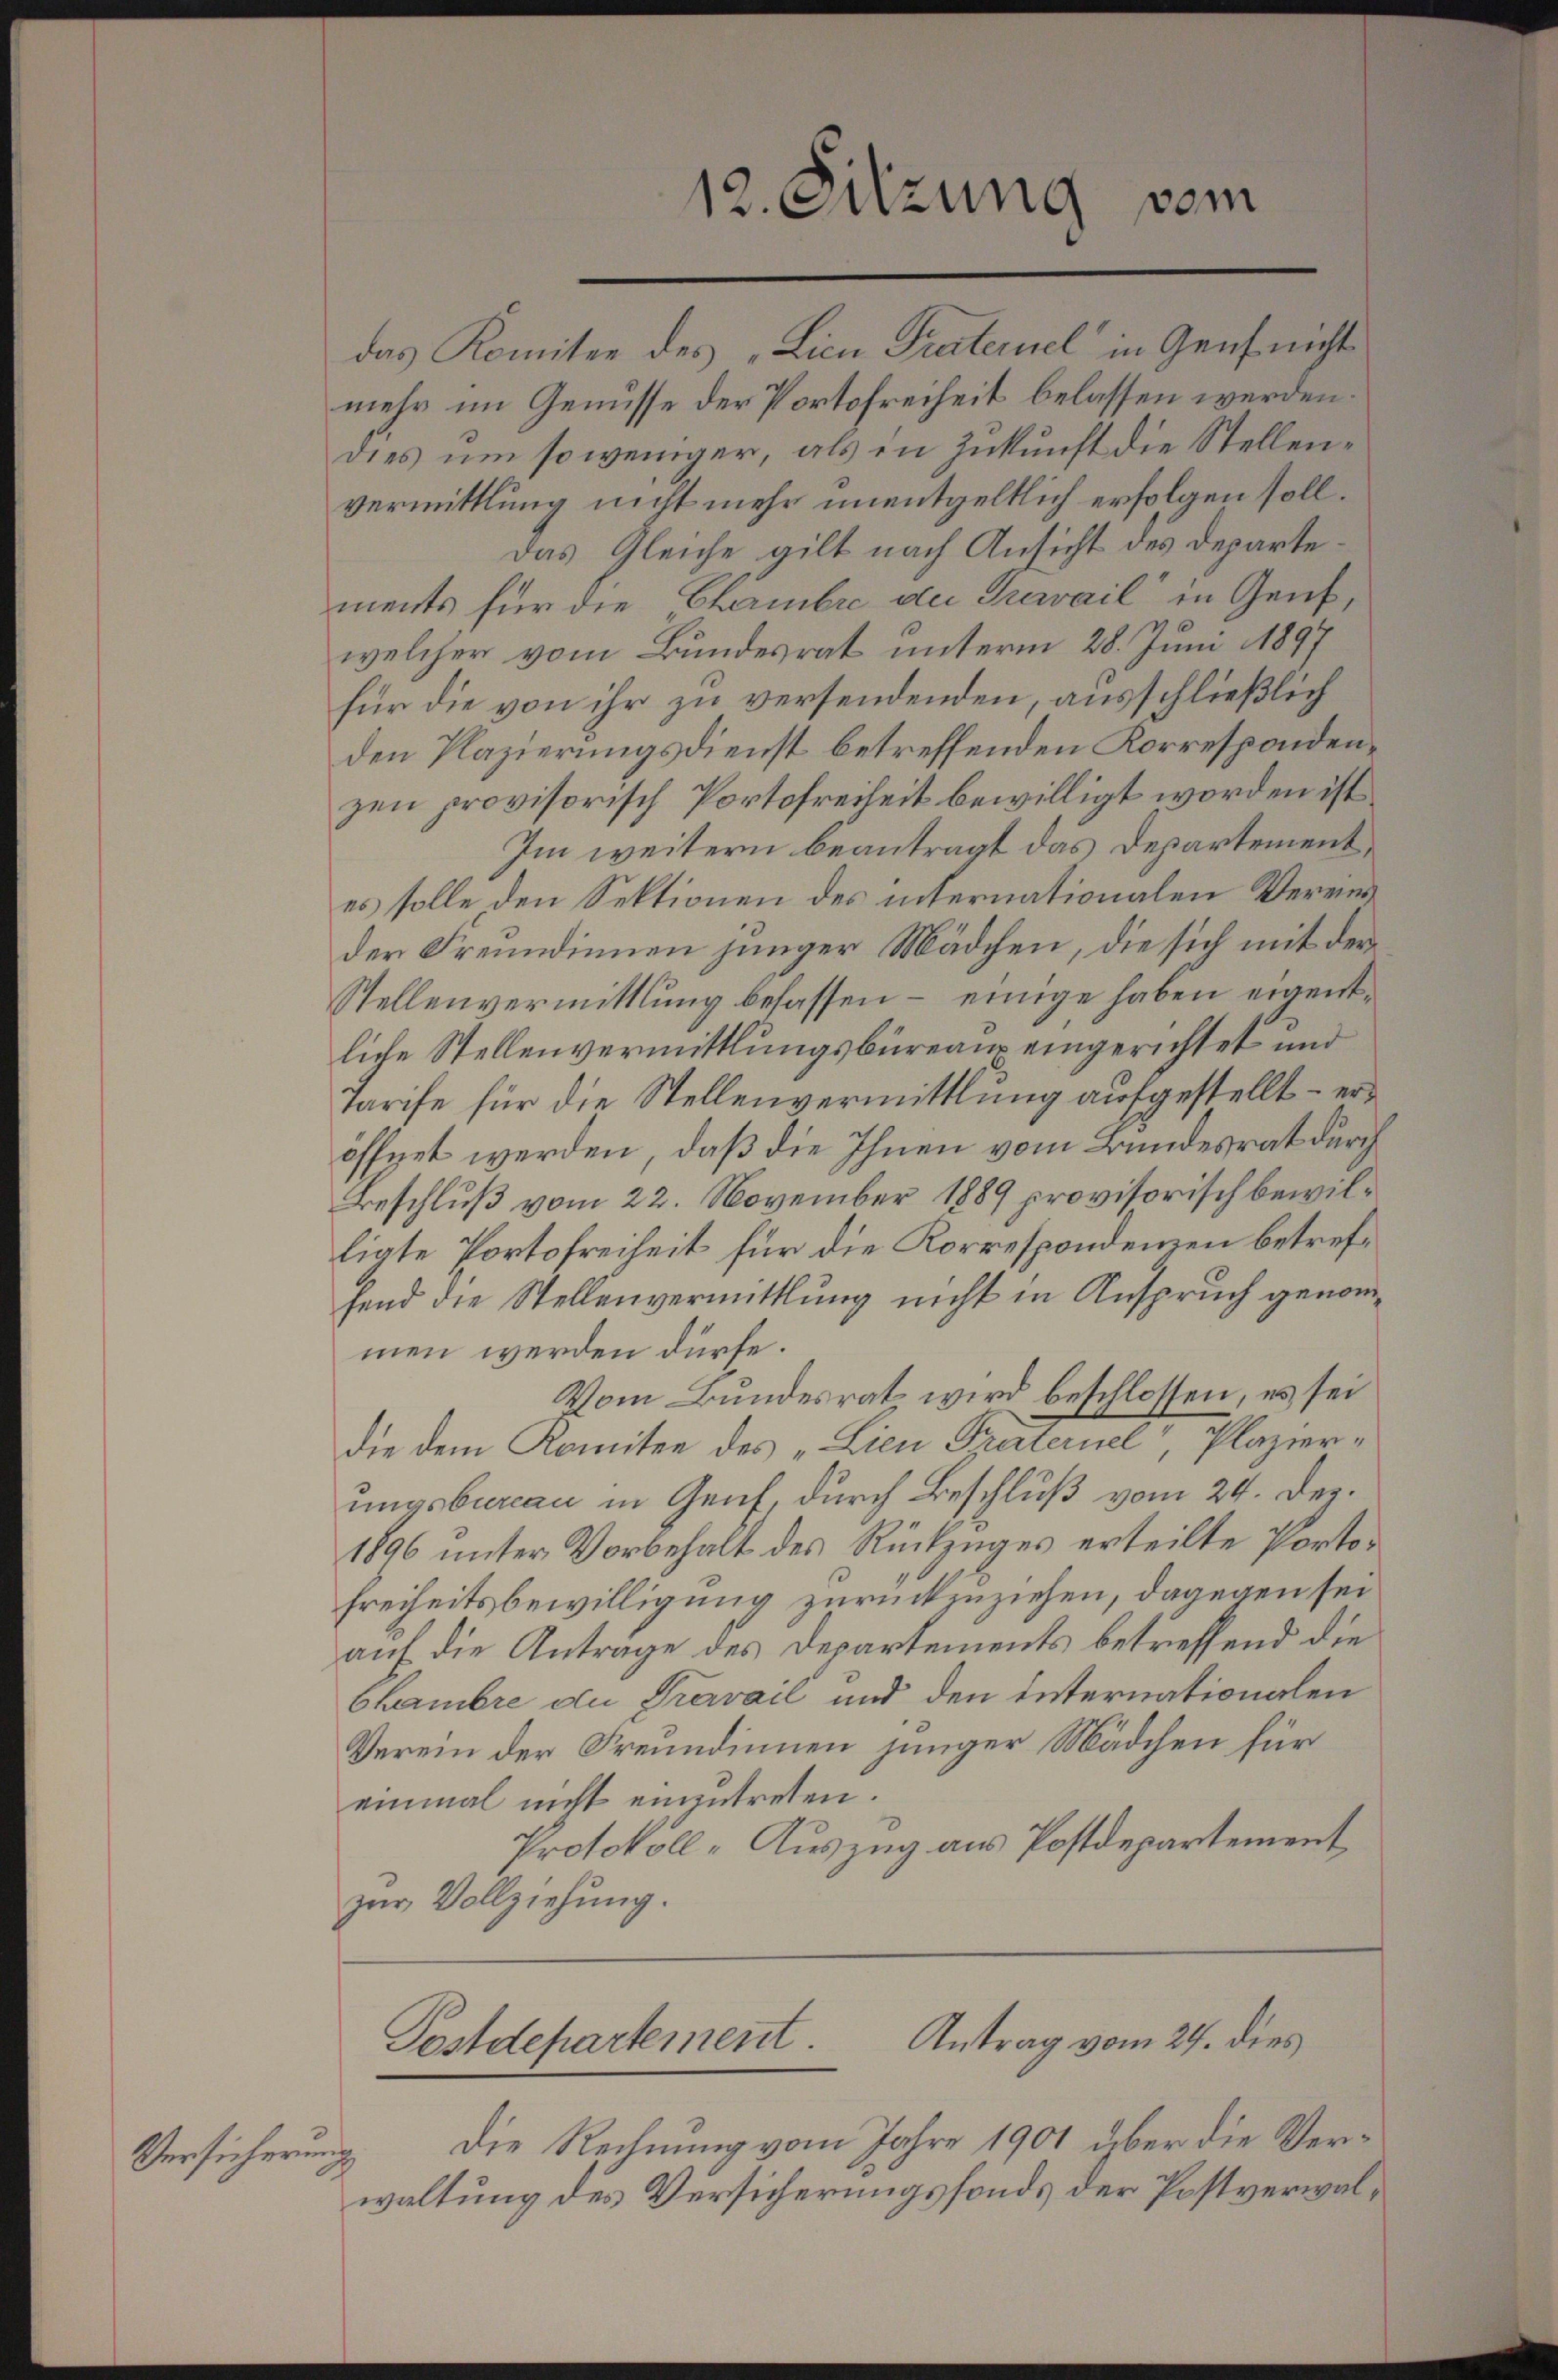
Versicherung

das Komitee des „Licu Praternel“ in Genf nicht
mehr im Genusse der Portofreiheit belassen werden.
dies um so weniger, als in Zukunft die Stellenvermittlung nicht mehr unentgeltlich erfolgen soll.
Das Gleiche gilt nach Ansicht des Departements für die Chambre der Trewail“ in Genf
welcher vom Bundesrat unterm 28. Juni 1897
für die von ihr zu versendenden, ausschließlich
den Plazierungsdienst betreffenden Korresponden.
zen provisorisch Portofreiheit bewilligt worden ist
Im weitern beantragt das Departement,
es solle den Sektionen des internationalen Vereinder Freundinnen junger Mädchen, die sich mit der
Stellenvermittlung befassen – einige haben eigentliche Stellenvermittlungsbüreaux eingerichtet und
tarife für die Stellenvermittlung aufgestellt – eröffnet werden, daß die Ihnen vom Bundesrat durch
Beschluß vom 22. November 1889 provisorisch bewilligte Portofreiheit für die Korrespondenzen betreffend die Stellenvermittlung nicht in Anspruch genommen werden dürfe.
Vom Bundesrat wird beschlossen, es sei
die dem Komitee des „Lien Freiternel, Plazier-
ungsbureau in Genf, durch Beschluß vom 24. Dec.
1896 unter Vorbehalt des Rückzuges erteilte Porto¬
Freiheitsbewilligung zurückzuziehen, dagegen sei
auf die Antrage des Departements betreffend die
Chambre die Travail und den Internationalen
Verein der Freundinnen junger Mädchen für
einmal nicht einzutreten.
Protokoll-Auszug aus Postdepartement
zur Vollziehung.

12. Sitzung vom

Antrag vom 24. dies
Postdepartement
Die Rechnung vom Jahre 1901 über die Ver¬

waltung des Versicherungsfonds der Postverwal¬